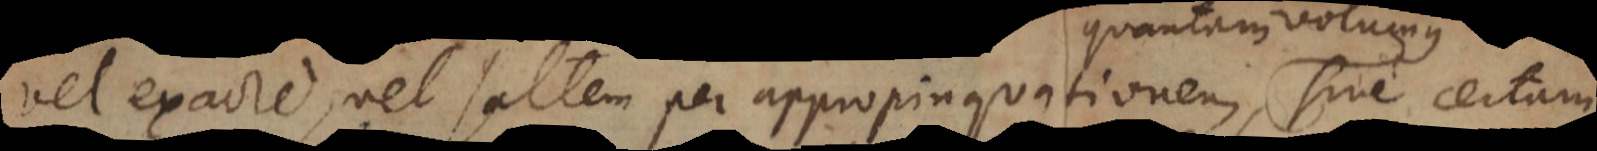
vel exacte, vel saltem per appropinquationem, sive certam